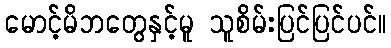
မောင့်မိဘတွေနှင့်မူ သူစိမ်းပြင်ပြင်ပင်။